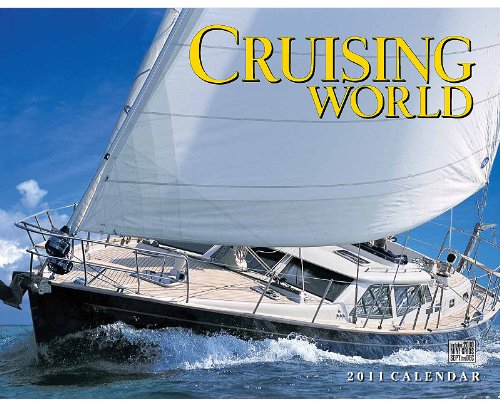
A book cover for Cruising World Calendar; Calendars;